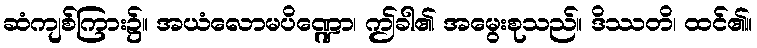
ဆံကျစ်ကြား၌။ အယံလောမပိဏ္ဍော၊ ဤခါ၏ အမွေးစုသည်။ ဒိဿတိ၊ ထင်၏။